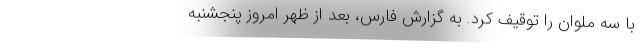
با سه ملوان را توقیف کرد. به گزارش فارس، بعد از ظهر امروز پنجشنبه